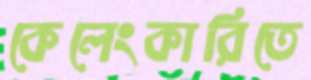
কেলেংকারিতে